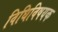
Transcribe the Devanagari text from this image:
विधिविषयक